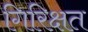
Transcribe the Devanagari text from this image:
गिरिक्षत